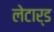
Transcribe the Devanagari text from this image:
लेटार्ड